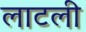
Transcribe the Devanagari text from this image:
लाटली